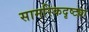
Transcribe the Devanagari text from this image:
सामरिकदृष्ट्या